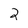
Character: 2